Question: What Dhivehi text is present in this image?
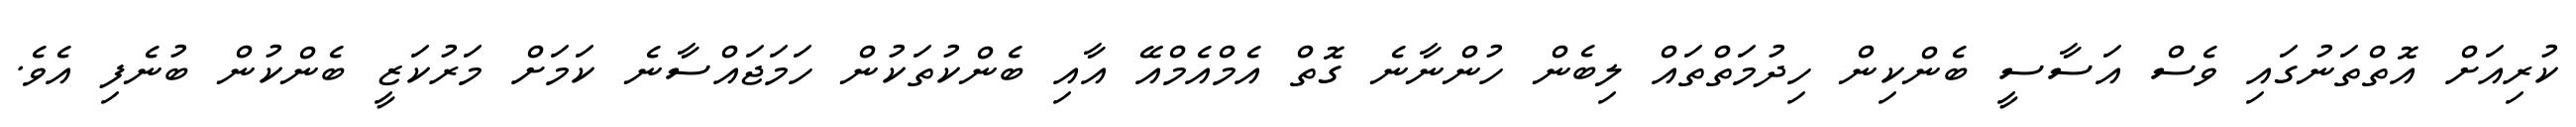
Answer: ކުރިއަށް އޮތްތަނުގައި ވެސް އަސާސީ ބެންކިން ހިދުމަތްތައް ލިބެން ހުންނާނެ ގޮތް އެމްއެމްއޭ އާއި ބެންކުތަކުން ހަމަޖައްސާނެ ކަމަށް މަރުކަޒީ ބެންކުން ބުނެފި އެވެ.